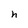
Character: h